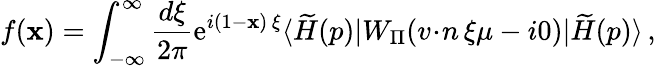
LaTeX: f(\mathbf{x})=\int_{-\infty}^{\infty}\frac{{d\xi}}{{2\pi}}\mathrm{{e}}^{i(1-\mathbf{x})\, \xi}\langle\widetilde{{H}}(p)|W_{\scriptstyle\Pi}({v\! \cdot\! n}\, \xi\mu-i0)|\widetilde{{H}}(p)\rangle\, ,